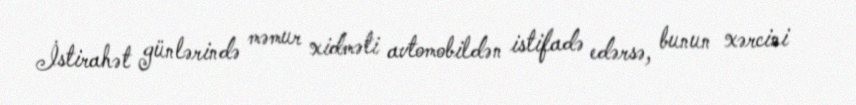
İstirahət günlərində məmur xidməti avtomobildən istifadə edərsə, bunun xərcini